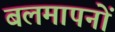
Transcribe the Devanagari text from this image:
बलमापनों